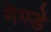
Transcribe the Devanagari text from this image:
गेण्डे